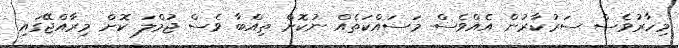
މިހާރުވެސް ސަރުކާރުން އެއްވެސް މަސައްކަތެއް ނުކޮށް ތިއްބާ ވެސް ޖުމްލަ ކޮށް މިރާއްޖޭގައި